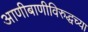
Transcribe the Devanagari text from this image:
आणीबाणीविरुद्धच्या